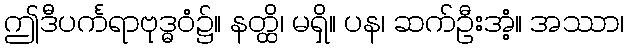
ဤဒီပင်္ကရာဗုဒ္ဓဝံ၌။ နတ္ထိ၊ မရှိ။ ပန၊ ဆက်ဦးအံ့။ အဿာ၊